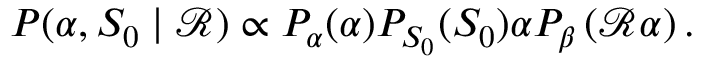
P ( \alpha , S _ { 0 } \mid \mathcal { R } ) \propto P _ { \alpha } ( \alpha ) P _ { S _ { 0 } } ( S _ { 0 } ) \alpha P _ { \beta } \left( \mathcal { R } \alpha \right) .